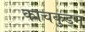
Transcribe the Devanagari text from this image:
काचकुड्म